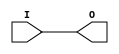
// $Header: /devl/xcs/repo/env/Databases/CAEInterfaces/verunilibs/data/unisims/IBUF.v,v 1.9 2009/08/21 23:55:43 harikr Exp $
///////////////////////////////////////////////////////////////////////////////
// Copyright (c) 1995/2004 Xilinx, Inc.
// All Right Reserved.
///////////////////////////////////////////////////////////////////////////////
//   ____  ____
//  /   /\/   /
// /___/  \  /    Vendor : Xilinx
// \   \   \/     Version : 10.1
//  \   \         Description : Xilinx Functional Simulation Library Component
//  /   /                  Input Buffer
// /___/   /\     Filename : IBUF.v
// \   \  /  \    Timestamp : Thu Mar 25 16:42:23 PST 2004
//  \___\/\___\
//
// Revision:
//    03/23/04 - Initial version.
//    05/23/07 - Changed timescale to 1 ps / 1 ps.
//    07/16/08 - Added IBUF_LOW_PWR attribute.
//    04/22/09 - CR 519127 - Changed IBUF_LOW_PWR default to TRUE.
// End Revision

`timescale  1 ps / 1 ps


module IBUF (O, I);

    parameter CAPACITANCE = "DONT_CARE";
    parameter IBUF_DELAY_VALUE = "0";
    parameter IBUF_LOW_PWR = "TRUE";
    parameter IFD_DELAY_VALUE = "AUTO";
    parameter IOSTANDARD = "DEFAULT";
    
    output O;
    input  I;

    buf B1 (O, I);
    
    
    initial begin
	
        case (CAPACITANCE)

            "LOW", "NORMAL", "DONT_CARE" : ;
            default : begin
                          $display("Attribute Syntax Error : The attribute CAPACITANCE on IBUF instance %m is set to %s.  Legal values for this attribute are DONT_CARE, LOW or NORMAL.", CAPACITANCE);
                          $finish;
                      end

        endcase


	case (IBUF_DELAY_VALUE)

            "0", "1", "2", "3", "4", "5", "6", "7", "8", "9", "10", "11", "12", "13", "14", "15", "16" : ;
            default : begin
                          $display("Attribute Syntax Error : The attribute IBUF_DELAY_VALUE on IBUF instance %m is set to %s.  Legal values for this attribute are 0, 1, 2, ... or 16.", IBUF_DELAY_VALUE);
                          $finish;
                      end

        endcase

        case (IBUF_LOW_PWR)

            "FALSE", "TRUE" : ;
            default : begin
                          $display("Attribute Syntax Error : The attribute IBUF_LOW_PWR on IBUF instance %m is set to %s.  Legal values for this attribute are TRUE or FALSE.", IBUF_LOW_PWR);
                          $finish;
                      end

        endcase


	case (IFD_DELAY_VALUE)

            "AUTO", "0", "1", "2", "3", "4", "5", "6", "7", "8" : ;
            default : begin
                          $display("Attribute Syntax Error : The attribute IFD_DELAY_VALUE on IBUF instance %m is set to %s.  Legal values for this attribute are AUTO, 0, 1, 2, ... or 8.", IFD_DELAY_VALUE);
                          $finish;
                      end

	endcase
	
    end

endmodule